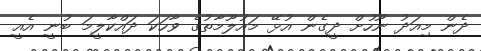
ދެން މިއަދު ނޫހުށް ދީގެން އުޅޭ މައުލޫމާތުގެ ވާހަކަ ދައްކާލީމަ ބުނީ އެއީ